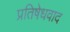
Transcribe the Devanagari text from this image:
प्रतिषेधवाद